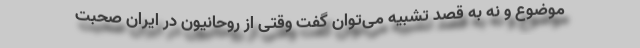
موضوع و نه به قصد تشبیه می‌توان گفت وقتی از روحانیون در ایران صحبت